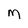
Character: M